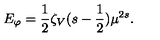
E _ { \varphi } = \frac 1 2 \zeta _ { V } ( s - \frac 1 2 ) \mu ^ { 2 s } .